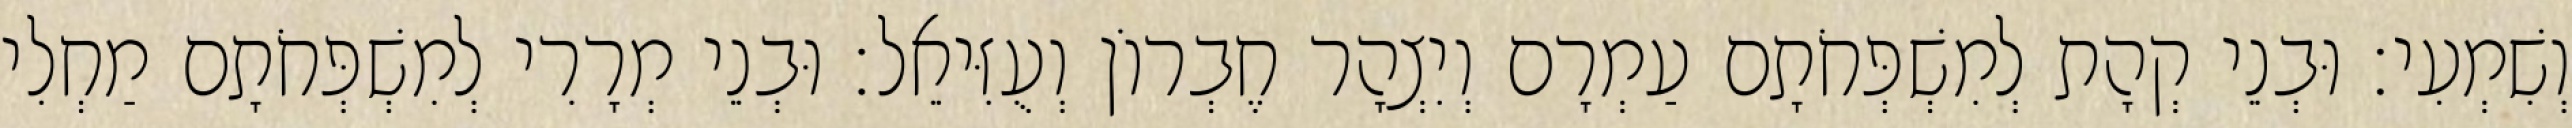
וְשִׁמְעִי׃ וּבְנֵי קְהָת לְמִשְׁפְּחֹתָם עַמְרָם וְיִצְהָר חֶבְרוֹן וְעֻזִּיאֵל׃ וּבְנֵי מְרָרִי לְמִשְׁפְּחֹתָם מַחְלִי